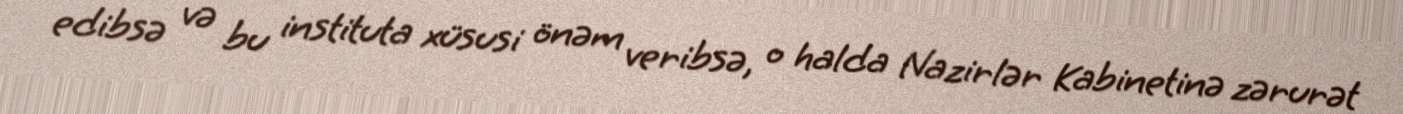
edibsə və bu instituta xüsusi önəm veribsə, o halda Nazirlər Kabinetinə zərurət